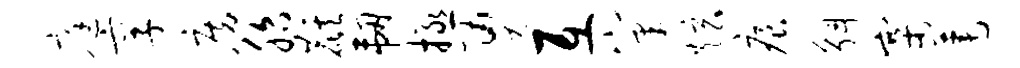
庭享房胎麒韧拯勇互窠炫痕斛寨莲